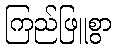
ကြည်ဖြူစွာ